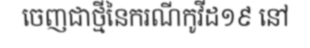
ចេញជាថ្មីនៃករណីកូវីដ១៩ នៅ